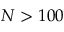
N > 1 0 0